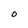
Character: 0